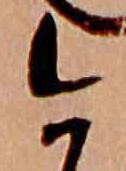
今